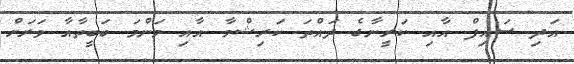
އަދި ސައިފް އާއި ކަރީނާގެ ދައްތަ ކަރިޝްމާ އާއި މަންމަ ބަބީތާއާ ވަރަށް